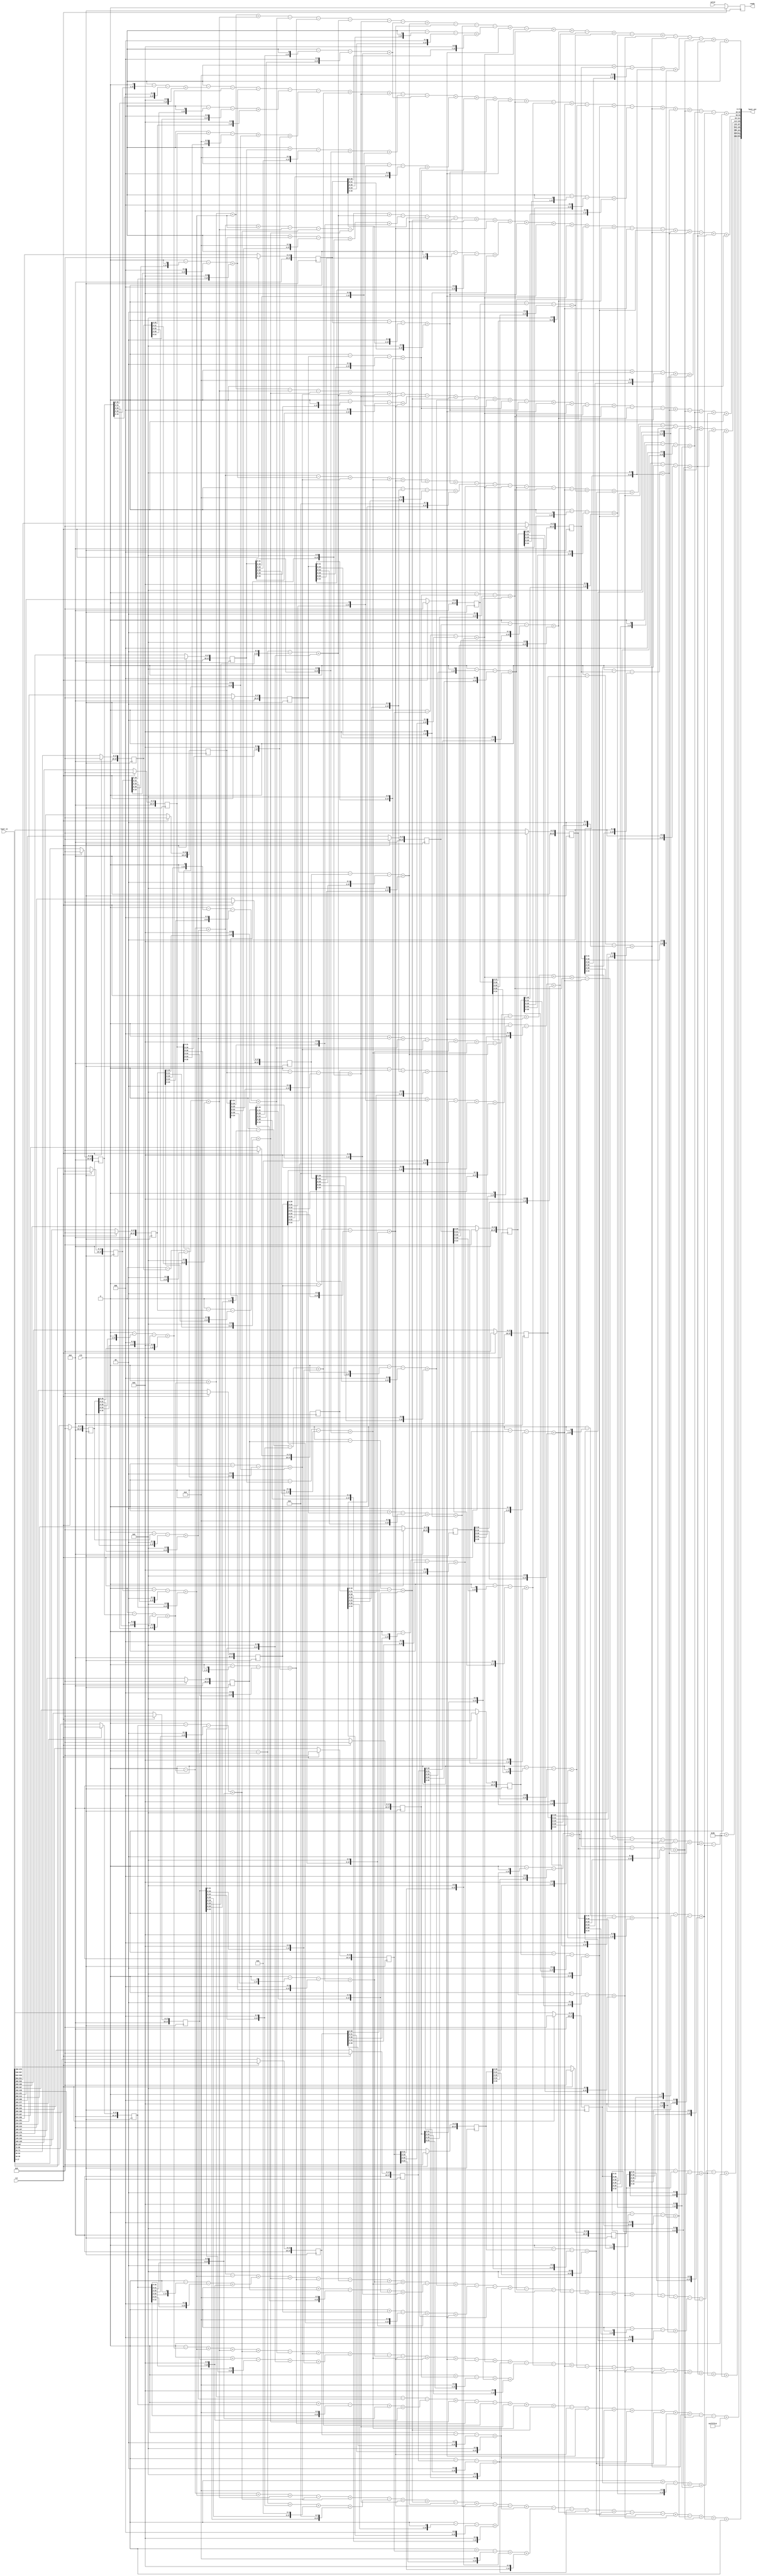
module layer2_tcb_121x32x10
(
    input clk,
    input rst,
   input valid,
   output  reg ready,
    input [18*32-1:0]  layer_in,
    output [28*10-1:0]   layer_out
);
parameter DATA_WIDTH   =   28;
reg [DATA_WIDTH-1:0]    layer_in_buffer    [0:32-1];
integer i;
always@(posedge clk )
    begin
        if(rst)
            begin
                for(i=0;i<32;i=i+1)
                    begin
                        layer_in_buffer[i]<=0;
                    end
            end
        else
        begin
       layer_in_buffer[0]<=layer_in[17:0];
       layer_in_buffer[1]<=layer_in[35:18];
       layer_in_buffer[2]<=layer_in[53:36];
       layer_in_buffer[3]<=layer_in[71:54];
       layer_in_buffer[4]<=layer_in[89:72];
       layer_in_buffer[5]<=layer_in[107:90];
       layer_in_buffer[6]<=layer_in[125:108];
       layer_in_buffer[7]<=layer_in[143:126];
       layer_in_buffer[8]<=layer_in[161:144];
       layer_in_buffer[9]<=layer_in[179:162];
       layer_in_buffer[10]<=layer_in[197:180];
       layer_in_buffer[11]<=layer_in[215:198];
       layer_in_buffer[12]<=layer_in[233:216];
       layer_in_buffer[13]<=layer_in[251:234];
       layer_in_buffer[14]<=layer_in[269:252];
       layer_in_buffer[15]<=layer_in[287:270];
       layer_in_buffer[16]<=layer_in[305:288];
       layer_in_buffer[17]<=layer_in[323:306];
       layer_in_buffer[18]<=layer_in[341:324];
       layer_in_buffer[19]<=layer_in[359:342];
       layer_in_buffer[20]<=layer_in[377:360];
       layer_in_buffer[21]<=layer_in[395:378];
       layer_in_buffer[22]<=layer_in[413:396];
       layer_in_buffer[23]<=layer_in[431:414];
       layer_in_buffer[24]<=layer_in[449:432];
       layer_in_buffer[25]<=layer_in[467:450];
       layer_in_buffer[26]<=layer_in[485:468];
       layer_in_buffer[27]<=layer_in[503:486];
       layer_in_buffer[28]<=layer_in[521:504];
       layer_in_buffer[29]<=layer_in[539:522];
       layer_in_buffer[30]<=layer_in[557:540];
       layer_in_buffer[31]<=layer_in[575:558];
        end
   end

wire [DATA_WIDTH-1:0]   in_buffer_weight0;
assign in_buffer_weight0=0+(0-(layer_in_buffer[0]<<0)-(layer_in_buffer[0]<<2)+(layer_in_buffer[0]<<6))+(0-(layer_in_buffer[2]<<0)-(layer_in_buffer[2]<<2)+(layer_in_buffer[2]<<6))+(0-(layer_in_buffer[3]<<0)-(layer_in_buffer[3]<<2)+(layer_in_buffer[3]<<6))-(0-(layer_in_buffer[5]<<1)-(layer_in_buffer[5]<<3)+(layer_in_buffer[5]<<7))-(0-(layer_in_buffer[6]<<1)-(layer_in_buffer[6]<<3)+(layer_in_buffer[6]<<7))-(0-(layer_in_buffer[7]<<0)-(layer_in_buffer[7]<<2)+(layer_in_buffer[7]<<6))-(0-(layer_in_buffer[8]<<0)-(layer_in_buffer[8]<<2)+(layer_in_buffer[8]<<6))-(0-(layer_in_buffer[10]<<1)-(layer_in_buffer[10]<<3)+(layer_in_buffer[10]<<7))+(0-(layer_in_buffer[11]<<0)-(layer_in_buffer[11]<<2)+(layer_in_buffer[11]<<6))-(0-(layer_in_buffer[12]<<0)-(layer_in_buffer[12]<<2)+(layer_in_buffer[12]<<6))-(0+(layer_in_buffer[13]<<0)-(layer_in_buffer[13]<<4)+(layer_in_buffer[13]<<6)+(layer_in_buffer[13]<<7))-(0-(layer_in_buffer[14]<<1)-(layer_in_buffer[14]<<3)+(layer_in_buffer[14]<<7))+(0-(layer_in_buffer[15]<<0)-(layer_in_buffer[15]<<2)+(layer_in_buffer[15]<<6))-(0-(layer_in_buffer[17]<<0)-(layer_in_buffer[17]<<2)+(layer_in_buffer[17]<<6))+(0-(layer_in_buffer[20]<<0)-(layer_in_buffer[20]<<2)+(layer_in_buffer[20]<<6))+(0-(layer_in_buffer[21]<<0)-(layer_in_buffer[21]<<2)+(layer_in_buffer[21]<<6))-(0-(layer_in_buffer[22]<<1)-(layer_in_buffer[22]<<3)+(layer_in_buffer[22]<<7))+(0-(layer_in_buffer[23]<<0)-(layer_in_buffer[23]<<2)+(layer_in_buffer[23]<<6))-(0-(layer_in_buffer[25]<<1)-(layer_in_buffer[25]<<3)+(layer_in_buffer[25]<<7))+(0-(layer_in_buffer[26]<<0)-(layer_in_buffer[26]<<2)+(layer_in_buffer[26]<<6))-(0-(layer_in_buffer[27]<<0)-(layer_in_buffer[27]<<2)+(layer_in_buffer[27]<<6))-(0+(layer_in_buffer[28]<<0)-(layer_in_buffer[28]<<4)+(layer_in_buffer[28]<<6)+(layer_in_buffer[28]<<7))-(0-(layer_in_buffer[29]<<0)-(layer_in_buffer[29]<<2)+(layer_in_buffer[29]<<6))+(0-(layer_in_buffer[30]<<0)-(layer_in_buffer[30]<<2)+(layer_in_buffer[30]<<6));
wire [DATA_WIDTH-1:0]   in_buffer_weight1;
assign in_buffer_weight1=0-(0-(layer_in_buffer[0]<<1)-(layer_in_buffer[0]<<3)+(layer_in_buffer[0]<<7))-(0-(layer_in_buffer[1]<<1)-(layer_in_buffer[1]<<3)+(layer_in_buffer[1]<<7))-(0-(layer_in_buffer[2]<<1)-(layer_in_buffer[2]<<3)+(layer_in_buffer[2]<<7))-(0-(layer_in_buffer[3]<<1)-(layer_in_buffer[3]<<3)+(layer_in_buffer[3]<<7))-(0+(layer_in_buffer[6]<<0)-(layer_in_buffer[6]<<4)+(layer_in_buffer[6]<<6)+(layer_in_buffer[6]<<7))+(0-(layer_in_buffer[7]<<1)-(layer_in_buffer[7]<<3)+(layer_in_buffer[7]<<7))+(0-(layer_in_buffer[8]<<0)-(layer_in_buffer[8]<<2)+(layer_in_buffer[8]<<6))-(0+(layer_in_buffer[9]<<0)-(layer_in_buffer[9]<<4)+(layer_in_buffer[9]<<6)+(layer_in_buffer[9]<<7))-(0-(layer_in_buffer[10]<<1)-(layer_in_buffer[10]<<3)+(layer_in_buffer[10]<<7))+(0-(layer_in_buffer[12]<<1)-(layer_in_buffer[12]<<3)+(layer_in_buffer[12]<<7))+(0-(layer_in_buffer[13]<<0)-(layer_in_buffer[13]<<2)+(layer_in_buffer[13]<<6))+(0-(layer_in_buffer[14]<<0)-(layer_in_buffer[14]<<2)+(layer_in_buffer[14]<<6))+(0-(layer_in_buffer[15]<<0)-(layer_in_buffer[15]<<2)+(layer_in_buffer[15]<<6))+(0-(layer_in_buffer[20]<<0)-(layer_in_buffer[20]<<2)+(layer_in_buffer[20]<<6))-(0-(layer_in_buffer[21]<<1)-(layer_in_buffer[21]<<3)+(layer_in_buffer[21]<<7))+(0-(layer_in_buffer[22]<<0)-(layer_in_buffer[22]<<2)+(layer_in_buffer[22]<<6))-(0-(layer_in_buffer[23]<<1)-(layer_in_buffer[23]<<3)+(layer_in_buffer[23]<<7))+(0-(layer_in_buffer[25]<<0)-(layer_in_buffer[25]<<2)+(layer_in_buffer[25]<<6))-(0-(layer_in_buffer[26]<<1)-(layer_in_buffer[26]<<3)+(layer_in_buffer[26]<<7))+(0-(layer_in_buffer[27]<<0)-(layer_in_buffer[27]<<2)+(layer_in_buffer[27]<<6))+(0-(layer_in_buffer[28]<<0)-(layer_in_buffer[28]<<2)+(layer_in_buffer[28]<<6))+(0-(layer_in_buffer[29]<<0)-(layer_in_buffer[29]<<2)+(layer_in_buffer[29]<<6))-(0-(layer_in_buffer[30]<<1)-(layer_in_buffer[30]<<3)+(layer_in_buffer[30]<<7))-(0-(layer_in_buffer[31]<<1)-(layer_in_buffer[31]<<3)+(layer_in_buffer[31]<<7));
wire [DATA_WIDTH-1:0]   in_buffer_weight2;
assign in_buffer_weight2=0-(0-(layer_in_buffer[0]<<0)-(layer_in_buffer[0]<<2)+(layer_in_buffer[0]<<6))+(0-(layer_in_buffer[1]<<0)-(layer_in_buffer[1]<<2)+(layer_in_buffer[1]<<6))+(0-(layer_in_buffer[2]<<0)-(layer_in_buffer[2]<<2)+(layer_in_buffer[2]<<6))-(0-(layer_in_buffer[3]<<0)-(layer_in_buffer[3]<<2)+(layer_in_buffer[3]<<6))-(0-(layer_in_buffer[4]<<0)-(layer_in_buffer[4]<<2)+(layer_in_buffer[4]<<6))-(0-(layer_in_buffer[5]<<0)-(layer_in_buffer[5]<<2)+(layer_in_buffer[5]<<6))+(0-(layer_in_buffer[7]<<0)-(layer_in_buffer[7]<<2)+(layer_in_buffer[7]<<6))-(0+(layer_in_buffer[8]<<0)-(layer_in_buffer[8]<<4)+(layer_in_buffer[8]<<6)+(layer_in_buffer[8]<<7))-(0-(layer_in_buffer[9]<<0)-(layer_in_buffer[9]<<2)+(layer_in_buffer[9]<<6))-(0-(layer_in_buffer[10]<<0)-(layer_in_buffer[10]<<2)+(layer_in_buffer[10]<<6))+(0-(layer_in_buffer[11]<<0)-(layer_in_buffer[11]<<2)+(layer_in_buffer[11]<<6))+(0-(layer_in_buffer[12]<<0)-(layer_in_buffer[12]<<2)+(layer_in_buffer[12]<<6))+(0-(layer_in_buffer[13]<<1)-(layer_in_buffer[13]<<3)+(layer_in_buffer[13]<<7))+(0-(layer_in_buffer[14]<<0)-(layer_in_buffer[14]<<2)+(layer_in_buffer[14]<<6))+(0-(layer_in_buffer[15]<<0)-(layer_in_buffer[15]<<2)+(layer_in_buffer[15]<<6))+(0-(layer_in_buffer[17]<<0)-(layer_in_buffer[17]<<2)+(layer_in_buffer[17]<<6))+(0-(layer_in_buffer[18]<<1)-(layer_in_buffer[18]<<3)+(layer_in_buffer[18]<<7))+(0-(layer_in_buffer[21]<<0)-(layer_in_buffer[21]<<2)+(layer_in_buffer[21]<<6))-(0-(layer_in_buffer[22]<<0)-(layer_in_buffer[22]<<2)+(layer_in_buffer[22]<<6))-(0-(layer_in_buffer[25]<<0)-(layer_in_buffer[25]<<2)+(layer_in_buffer[25]<<6))+(0-(layer_in_buffer[27]<<0)-(layer_in_buffer[27]<<2)+(layer_in_buffer[27]<<6))+(0-(layer_in_buffer[28]<<0)-(layer_in_buffer[28]<<2)+(layer_in_buffer[28]<<6))-(0+(layer_in_buffer[29]<<0)-(layer_in_buffer[29]<<4)+(layer_in_buffer[29]<<6)+(layer_in_buffer[29]<<7))+(0-(layer_in_buffer[30]<<0)-(layer_in_buffer[30]<<2)+(layer_in_buffer[30]<<6));
wire [DATA_WIDTH-1:0]   in_buffer_weight3;
assign in_buffer_weight3=0+(0-(layer_in_buffer[0]<<0)-(layer_in_buffer[0]<<2)+(layer_in_buffer[0]<<6))+(0-(layer_in_buffer[2]<<0)-(layer_in_buffer[2]<<2)+(layer_in_buffer[2]<<6))-(0-(layer_in_buffer[3]<<0)-(layer_in_buffer[3]<<2)+(layer_in_buffer[3]<<6))-(0-(layer_in_buffer[5]<<0)-(layer_in_buffer[5]<<2)+(layer_in_buffer[5]<<6))+(0-(layer_in_buffer[6]<<0)-(layer_in_buffer[6]<<2)+(layer_in_buffer[6]<<6))+(0-(layer_in_buffer[7]<<0)-(layer_in_buffer[7]<<2)+(layer_in_buffer[7]<<6))-(0-(layer_in_buffer[8]<<0)-(layer_in_buffer[8]<<2)+(layer_in_buffer[8]<<6))-(0-(layer_in_buffer[9]<<1)-(layer_in_buffer[9]<<3)+(layer_in_buffer[9]<<7))+(0-(layer_in_buffer[10]<<0)-(layer_in_buffer[10]<<2)+(layer_in_buffer[10]<<6))-(0-(layer_in_buffer[11]<<1)-(layer_in_buffer[11]<<3)+(layer_in_buffer[11]<<7))+(0-(layer_in_buffer[12]<<0)-(layer_in_buffer[12]<<2)+(layer_in_buffer[12]<<6))+(0-(layer_in_buffer[13]<<0)-(layer_in_buffer[13]<<2)+(layer_in_buffer[13]<<6))-(0-(layer_in_buffer[14]<<0)-(layer_in_buffer[14]<<2)+(layer_in_buffer[14]<<6))+(0-(layer_in_buffer[15]<<0)-(layer_in_buffer[15]<<2)+(layer_in_buffer[15]<<6))+(0-(layer_in_buffer[17]<<0)-(layer_in_buffer[17]<<2)+(layer_in_buffer[17]<<6))-(0-(layer_in_buffer[18]<<1)-(layer_in_buffer[18]<<3)+(layer_in_buffer[18]<<7))+(0-(layer_in_buffer[20]<<0)-(layer_in_buffer[20]<<2)+(layer_in_buffer[20]<<6))-(0-(layer_in_buffer[21]<<0)-(layer_in_buffer[21]<<2)+(layer_in_buffer[21]<<6))-(0-(layer_in_buffer[24]<<1)-(layer_in_buffer[24]<<3)+(layer_in_buffer[24]<<7))+(0-(layer_in_buffer[28]<<0)-(layer_in_buffer[28]<<2)+(layer_in_buffer[28]<<6))-(0-(layer_in_buffer[29]<<0)-(layer_in_buffer[29]<<2)+(layer_in_buffer[29]<<6))-(0-(layer_in_buffer[30]<<1)-(layer_in_buffer[30]<<3)+(layer_in_buffer[30]<<7))+(0-(layer_in_buffer[31]<<0)-(layer_in_buffer[31]<<2)+(layer_in_buffer[31]<<6));
wire [DATA_WIDTH-1:0]   in_buffer_weight4;
assign in_buffer_weight4=0-(0-(layer_in_buffer[0]<<0)-(layer_in_buffer[0]<<2)+(layer_in_buffer[0]<<6))+(0-(layer_in_buffer[1]<<0)-(layer_in_buffer[1]<<2)+(layer_in_buffer[1]<<6))-(0-(layer_in_buffer[2]<<1)-(layer_in_buffer[2]<<3)+(layer_in_buffer[2]<<7))+(0-(layer_in_buffer[6]<<0)-(layer_in_buffer[6]<<2)+(layer_in_buffer[6]<<6))+(0-(layer_in_buffer[9]<<0)-(layer_in_buffer[9]<<2)+(layer_in_buffer[9]<<6))+(0-(layer_in_buffer[12]<<0)-(layer_in_buffer[12]<<2)+(layer_in_buffer[12]<<6))+(0-(layer_in_buffer[13]<<0)-(layer_in_buffer[13]<<2)+(layer_in_buffer[13]<<6))+(0-(layer_in_buffer[14]<<0)-(layer_in_buffer[14]<<2)+(layer_in_buffer[14]<<6))-(0-(layer_in_buffer[15]<<2)-(layer_in_buffer[15]<<4)+(layer_in_buffer[15]<<8))-(0-(layer_in_buffer[16]<<1)-(layer_in_buffer[16]<<3)+(layer_in_buffer[16]<<7))-(0-(layer_in_buffer[17]<<0)-(layer_in_buffer[17]<<2)+(layer_in_buffer[17]<<6))-(0-(layer_in_buffer[18]<<1)-(layer_in_buffer[18]<<3)+(layer_in_buffer[18]<<7))-(0-(layer_in_buffer[20]<<0)-(layer_in_buffer[20]<<2)+(layer_in_buffer[20]<<6))-(0-(layer_in_buffer[22]<<0)-(layer_in_buffer[22]<<2)+(layer_in_buffer[22]<<6))+(0-(layer_in_buffer[23]<<0)-(layer_in_buffer[23]<<2)+(layer_in_buffer[23]<<6))+(0-(layer_in_buffer[24]<<0)-(layer_in_buffer[24]<<2)+(layer_in_buffer[24]<<6))+(0-(layer_in_buffer[25]<<0)-(layer_in_buffer[25]<<2)+(layer_in_buffer[25]<<6))-(0-(layer_in_buffer[26]<<0)-(layer_in_buffer[26]<<2)+(layer_in_buffer[26]<<6))-(0-(layer_in_buffer[27]<<1)-(layer_in_buffer[27]<<3)+(layer_in_buffer[27]<<7))-(0-(layer_in_buffer[28]<<1)-(layer_in_buffer[28]<<3)+(layer_in_buffer[28]<<7))+(0-(layer_in_buffer[29]<<0)-(layer_in_buffer[29]<<2)+(layer_in_buffer[29]<<6))+(0-(layer_in_buffer[30]<<0)-(layer_in_buffer[30]<<2)+(layer_in_buffer[30]<<6));
wire [DATA_WIDTH-1:0]   in_buffer_weight5;
assign in_buffer_weight5=0+(0-(layer_in_buffer[1]<<0)-(layer_in_buffer[1]<<2)+(layer_in_buffer[1]<<6))+(0-(layer_in_buffer[5]<<1)-(layer_in_buffer[5]<<3)+(layer_in_buffer[5]<<7))-(0-(layer_in_buffer[6]<<0)-(layer_in_buffer[6]<<2)+(layer_in_buffer[6]<<6))+(0-(layer_in_buffer[8]<<1)-(layer_in_buffer[8]<<3)+(layer_in_buffer[8]<<7))+(0-(layer_in_buffer[9]<<0)-(layer_in_buffer[9]<<2)+(layer_in_buffer[9]<<6))-(0-(layer_in_buffer[11]<<0)-(layer_in_buffer[11]<<2)+(layer_in_buffer[11]<<6))-(0+(layer_in_buffer[12]<<1)-(layer_in_buffer[12]<<5)+(layer_in_buffer[12]<<7)+(layer_in_buffer[12]<<8))+(0-(layer_in_buffer[15]<<0)-(layer_in_buffer[15]<<2)+(layer_in_buffer[15]<<6))+(0-(layer_in_buffer[17]<<0)-(layer_in_buffer[17]<<2)+(layer_in_buffer[17]<<6))+(0-(layer_in_buffer[20]<<0)-(layer_in_buffer[20]<<2)+(layer_in_buffer[20]<<6))-(0-(layer_in_buffer[22]<<0)-(layer_in_buffer[22]<<2)+(layer_in_buffer[22]<<6))-(0-(layer_in_buffer[24]<<1)-(layer_in_buffer[24]<<3)+(layer_in_buffer[24]<<7))-(0-(layer_in_buffer[25]<<1)-(layer_in_buffer[25]<<3)+(layer_in_buffer[25]<<7))-(0-(layer_in_buffer[26]<<0)-(layer_in_buffer[26]<<2)+(layer_in_buffer[26]<<6))-(0-(layer_in_buffer[27]<<0)-(layer_in_buffer[27]<<2)+(layer_in_buffer[27]<<6))+(0-(layer_in_buffer[28]<<0)-(layer_in_buffer[28]<<2)+(layer_in_buffer[28]<<6))+(0-(layer_in_buffer[30]<<0)-(layer_in_buffer[30]<<2)+(layer_in_buffer[30]<<6))-(0-(layer_in_buffer[31]<<1)-(layer_in_buffer[31]<<3)+(layer_in_buffer[31]<<7));
wire [DATA_WIDTH-1:0]   in_buffer_weight6;
assign in_buffer_weight6=0-(0-(layer_in_buffer[0]<<0)-(layer_in_buffer[0]<<2)+(layer_in_buffer[0]<<6))+(0-(layer_in_buffer[1]<<0)-(layer_in_buffer[1]<<2)+(layer_in_buffer[1]<<6))-(0-(layer_in_buffer[2]<<0)-(layer_in_buffer[2]<<2)+(layer_in_buffer[2]<<6))+(0-(layer_in_buffer[4]<<1)-(layer_in_buffer[4]<<3)+(layer_in_buffer[4]<<7))+(0-(layer_in_buffer[5]<<0)-(layer_in_buffer[5]<<2)+(layer_in_buffer[5]<<6))-(0-(layer_in_buffer[6]<<1)-(layer_in_buffer[6]<<3)+(layer_in_buffer[6]<<7))-(0-(layer_in_buffer[7]<<0)-(layer_in_buffer[7]<<2)+(layer_in_buffer[7]<<6))+(0-(layer_in_buffer[8]<<1)-(layer_in_buffer[8]<<3)+(layer_in_buffer[8]<<7))+(0-(layer_in_buffer[9]<<0)-(layer_in_buffer[9]<<2)+(layer_in_buffer[9]<<6))-(0+(layer_in_buffer[10]<<0)-(layer_in_buffer[10]<<4)+(layer_in_buffer[10]<<6)+(layer_in_buffer[10]<<7))+(0-(layer_in_buffer[11]<<1)-(layer_in_buffer[11]<<3)+(layer_in_buffer[11]<<7))-(0+(layer_in_buffer[12]<<0)-(layer_in_buffer[12]<<4)+(layer_in_buffer[12]<<6)+(layer_in_buffer[12]<<7))-(0-(layer_in_buffer[15]<<0)-(layer_in_buffer[15]<<2)+(layer_in_buffer[15]<<6))+(0-(layer_in_buffer[16]<<0)-(layer_in_buffer[16]<<2)+(layer_in_buffer[16]<<6))-(0-(layer_in_buffer[18]<<1)-(layer_in_buffer[18]<<3)+(layer_in_buffer[18]<<7))-(0-(layer_in_buffer[20]<<0)-(layer_in_buffer[20]<<2)+(layer_in_buffer[20]<<6))-(0-(layer_in_buffer[22]<<1)-(layer_in_buffer[22]<<3)+(layer_in_buffer[22]<<7))+(0-(layer_in_buffer[24]<<1)-(layer_in_buffer[24]<<3)+(layer_in_buffer[24]<<7))+(0-(layer_in_buffer[25]<<0)-(layer_in_buffer[25]<<2)+(layer_in_buffer[25]<<6))+(0-(layer_in_buffer[26]<<0)-(layer_in_buffer[26]<<2)+(layer_in_buffer[26]<<6))-(0-(layer_in_buffer[27]<<1)-(layer_in_buffer[27]<<3)+(layer_in_buffer[27]<<7))-(0-(layer_in_buffer[28]<<0)-(layer_in_buffer[28]<<2)+(layer_in_buffer[28]<<6))-(0-(layer_in_buffer[29]<<1)-(layer_in_buffer[29]<<3)+(layer_in_buffer[29]<<7))-(0-(layer_in_buffer[30]<<1)-(layer_in_buffer[30]<<3)+(layer_in_buffer[30]<<7))-(0-(layer_in_buffer[31]<<0)-(layer_in_buffer[31]<<2)+(layer_in_buffer[31]<<6));
wire [DATA_WIDTH-1:0]   in_buffer_weight7;
assign in_buffer_weight7=0-(0-(layer_in_buffer[1]<<1)-(layer_in_buffer[1]<<3)+(layer_in_buffer[1]<<7))+(0-(layer_in_buffer[2]<<0)-(layer_in_buffer[2]<<2)+(layer_in_buffer[2]<<6))+(0-(layer_in_buffer[3]<<0)-(layer_in_buffer[3]<<2)+(layer_in_buffer[3]<<6))+(0-(layer_in_buffer[4]<<0)-(layer_in_buffer[4]<<2)+(layer_in_buffer[4]<<6))-(0-(layer_in_buffer[5]<<1)-(layer_in_buffer[5]<<3)+(layer_in_buffer[5]<<7))+(0-(layer_in_buffer[6]<<0)-(layer_in_buffer[6]<<2)+(layer_in_buffer[6]<<6))+(0+(layer_in_buffer[7]<<0)-(layer_in_buffer[7]<<4)+(layer_in_buffer[7]<<6)+(layer_in_buffer[7]<<7))-(0-(layer_in_buffer[8]<<1)-(layer_in_buffer[8]<<3)+(layer_in_buffer[8]<<7))-(0-(layer_in_buffer[9]<<0)-(layer_in_buffer[9]<<2)+(layer_in_buffer[9]<<6))+(0-(layer_in_buffer[12]<<0)-(layer_in_buffer[12]<<2)+(layer_in_buffer[12]<<6))+(0-(layer_in_buffer[15]<<0)-(layer_in_buffer[15]<<2)+(layer_in_buffer[15]<<6))-(0-(layer_in_buffer[16]<<1)-(layer_in_buffer[16]<<3)+(layer_in_buffer[16]<<7))+(0-(layer_in_buffer[17]<<0)-(layer_in_buffer[17]<<2)+(layer_in_buffer[17]<<6))+(0-(layer_in_buffer[18]<<0)-(layer_in_buffer[18]<<2)+(layer_in_buffer[18]<<6))-(0+(layer_in_buffer[20]<<0)-(layer_in_buffer[20]<<4)+(layer_in_buffer[20]<<6)+(layer_in_buffer[20]<<7))-(0-(layer_in_buffer[21]<<1)-(layer_in_buffer[21]<<3)+(layer_in_buffer[21]<<7))+(0-(layer_in_buffer[22]<<0)-(layer_in_buffer[22]<<2)+(layer_in_buffer[22]<<6))-(0-(layer_in_buffer[23]<<1)-(layer_in_buffer[23]<<3)+(layer_in_buffer[23]<<7))-(0-(layer_in_buffer[24]<<0)-(layer_in_buffer[24]<<2)+(layer_in_buffer[24]<<6))-(0-(layer_in_buffer[25]<<0)-(layer_in_buffer[25]<<2)+(layer_in_buffer[25]<<6))-(0-(layer_in_buffer[26]<<0)-(layer_in_buffer[26]<<2)+(layer_in_buffer[26]<<6))-(0-(layer_in_buffer[27]<<0)-(layer_in_buffer[27]<<2)+(layer_in_buffer[27]<<6))+(0-(layer_in_buffer[29]<<0)-(layer_in_buffer[29]<<2)+(layer_in_buffer[29]<<6))+(0-(layer_in_buffer[30]<<0)-(layer_in_buffer[30]<<2)+(layer_in_buffer[30]<<6))+(0-(layer_in_buffer[31]<<0)-(layer_in_buffer[31]<<2)+(layer_in_buffer[31]<<6));
wire [DATA_WIDTH-1:0]   in_buffer_weight8;
assign in_buffer_weight8=0+(0-(layer_in_buffer[0]<<0)-(layer_in_buffer[0]<<2)+(layer_in_buffer[0]<<6))-(0-(layer_in_buffer[1]<<0)-(layer_in_buffer[1]<<2)+(layer_in_buffer[1]<<6))-(0+(layer_in_buffer[4]<<0)-(layer_in_buffer[4]<<4)+(layer_in_buffer[4]<<6)+(layer_in_buffer[4]<<7))+(0-(layer_in_buffer[5]<<0)-(layer_in_buffer[5]<<2)+(layer_in_buffer[5]<<6))-(0-(layer_in_buffer[6]<<1)-(layer_in_buffer[6]<<3)+(layer_in_buffer[6]<<7))-(0-(layer_in_buffer[7]<<1)-(layer_in_buffer[7]<<3)+(layer_in_buffer[7]<<7))+(0-(layer_in_buffer[8]<<0)-(layer_in_buffer[8]<<2)+(layer_in_buffer[8]<<6))+(0-(layer_in_buffer[9]<<0)-(layer_in_buffer[9]<<2)+(layer_in_buffer[9]<<6))+(0-(layer_in_buffer[10]<<0)-(layer_in_buffer[10]<<2)+(layer_in_buffer[10]<<6))-(0-(layer_in_buffer[12]<<0)-(layer_in_buffer[12]<<2)+(layer_in_buffer[12]<<6))-(0-(layer_in_buffer[15]<<0)-(layer_in_buffer[15]<<2)+(layer_in_buffer[15]<<6))+(0-(layer_in_buffer[16]<<0)-(layer_in_buffer[16]<<2)+(layer_in_buffer[16]<<6))+(0-(layer_in_buffer[18]<<0)-(layer_in_buffer[18]<<2)+(layer_in_buffer[18]<<6))+(0-(layer_in_buffer[24]<<0)-(layer_in_buffer[24]<<2)+(layer_in_buffer[24]<<6))+(0-(layer_in_buffer[25]<<0)-(layer_in_buffer[25]<<2)+(layer_in_buffer[25]<<6))+(0-(layer_in_buffer[27]<<0)-(layer_in_buffer[27]<<2)+(layer_in_buffer[27]<<6))-(0-(layer_in_buffer[29]<<0)-(layer_in_buffer[29]<<2)+(layer_in_buffer[29]<<6))-(0+(layer_in_buffer[30]<<0)-(layer_in_buffer[30]<<4)+(layer_in_buffer[30]<<6)+(layer_in_buffer[30]<<7));
wire [DATA_WIDTH-1:0]   in_buffer_weight9;
assign in_buffer_weight9=0-(0-(layer_in_buffer[0]<<0)-(layer_in_buffer[0]<<2)+(layer_in_buffer[0]<<6))+(0-(layer_in_buffer[2]<<0)-(layer_in_buffer[2]<<2)+(layer_in_buffer[2]<<6))+(0-(layer_in_buffer[3]<<0)-(layer_in_buffer[3]<<2)+(layer_in_buffer[3]<<6))-(0-(layer_in_buffer[4]<<0)-(layer_in_buffer[4]<<2)+(layer_in_buffer[4]<<6))+(0-(layer_in_buffer[6]<<0)-(layer_in_buffer[6]<<2)+(layer_in_buffer[6]<<6))-(0-(layer_in_buffer[7]<<0)+(layer_in_buffer[7]<<3)+(layer_in_buffer[7]<<5)+(layer_in_buffer[7]<<8))+(0-(layer_in_buffer[8]<<0)-(layer_in_buffer[8]<<2)+(layer_in_buffer[8]<<6))+(0-(layer_in_buffer[10]<<0)-(layer_in_buffer[10]<<2)+(layer_in_buffer[10]<<6))-(0-(layer_in_buffer[11]<<0)-(layer_in_buffer[11]<<2)+(layer_in_buffer[11]<<6))+(0-(layer_in_buffer[12]<<0)-(layer_in_buffer[12]<<2)+(layer_in_buffer[12]<<6))-(0+(layer_in_buffer[13]<<0)-(layer_in_buffer[13]<<4)+(layer_in_buffer[13]<<6)+(layer_in_buffer[13]<<7))-(0-(layer_in_buffer[15]<<1)-(layer_in_buffer[15]<<3)+(layer_in_buffer[15]<<7))+(0-(layer_in_buffer[16]<<0)-(layer_in_buffer[16]<<2)+(layer_in_buffer[16]<<6))-(0+(layer_in_buffer[17]<<0)-(layer_in_buffer[17]<<4)+(layer_in_buffer[17]<<6)+(layer_in_buffer[17]<<7))-(0-(layer_in_buffer[18]<<0)-(layer_in_buffer[18]<<2)+(layer_in_buffer[18]<<6))-(0-(layer_in_buffer[21]<<0)-(layer_in_buffer[21]<<2)+(layer_in_buffer[21]<<6))+(0-(layer_in_buffer[22]<<0)-(layer_in_buffer[22]<<2)+(layer_in_buffer[22]<<6))-(0-(layer_in_buffer[24]<<0)-(layer_in_buffer[24]<<2)+(layer_in_buffer[24]<<6))-(0-(layer_in_buffer[25]<<0)-(layer_in_buffer[25]<<2)+(layer_in_buffer[25]<<6))+(0-(layer_in_buffer[26]<<0)-(layer_in_buffer[26]<<2)+(layer_in_buffer[26]<<6))-(0-(layer_in_buffer[28]<<1)-(layer_in_buffer[28]<<3)+(layer_in_buffer[28]<<7))+(0-(layer_in_buffer[29]<<0)-(layer_in_buffer[29]<<2)+(layer_in_buffer[29]<<6))+(0-(layer_in_buffer[31]<<1)-(layer_in_buffer[31]<<3)+(layer_in_buffer[31]<<7));
wire [DATA_WIDTH-1:0]   weight_bias0;
assign weight_bias0=in_buffer_weight0+(0);
wire [DATA_WIDTH-1:0]   weight_bias1;
assign weight_bias1=in_buffer_weight1+(59);
wire [DATA_WIDTH-1:0]   weight_bias2;
assign weight_bias2=in_buffer_weight2+(0);
wire [DATA_WIDTH-1:0]   weight_bias3;
assign weight_bias3=in_buffer_weight3+(0);
wire [DATA_WIDTH-1:0]   weight_bias4;
assign weight_bias4=in_buffer_weight4+(0);
wire [DATA_WIDTH-1:0]   weight_bias5;
assign weight_bias5=in_buffer_weight5+(59);
wire [DATA_WIDTH-1:0]   weight_bias6;
assign weight_bias6=in_buffer_weight6+(0);
wire [DATA_WIDTH-1:0]   weight_bias7;
assign weight_bias7=in_buffer_weight7+(59);
wire [DATA_WIDTH-1:0]   weight_bias8;
assign weight_bias8=in_buffer_weight8+(-59);
wire [DATA_WIDTH-1:0]   weight_bias9;
assign weight_bias9=in_buffer_weight9+(0);
assign layer_out={
            weight_bias9,
            weight_bias8,
            weight_bias7,
            weight_bias6,
            weight_bias5,
            weight_bias4,
            weight_bias3,
            weight_bias2,
            weight_bias1,
            weight_bias0};
always@(posedge clk)
    begin
        if(rst)
            begin
                ready<=1'b0;
            end
        else
            begin
                ready<=valid;
            end
    end
endmodule